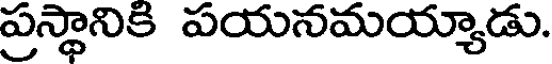
ప్రస్థానికి పయనమయ్యాడు.